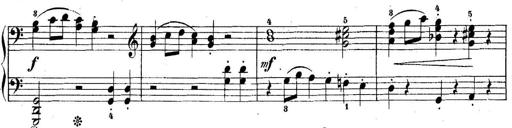
Title: 5 Sonatinas
Composer: Theodor Kirchner